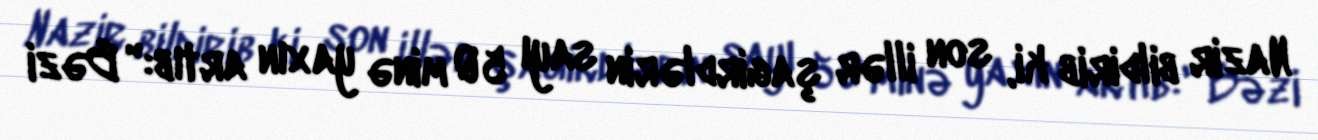
Nazir bildirib ki, son illər şagirdlərin sayı 50 minə yaxın artıb:" Bəzi